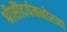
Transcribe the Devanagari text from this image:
श्रीसौंदर्यमनोरमा